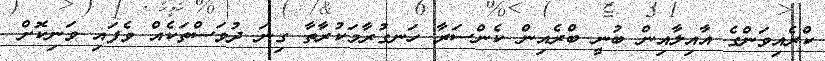
ކްރެއިވަންގެ އާއިލާއިން ބުނީ ބްރެއިން ކެންސަރާ ހަނގުރާމަކުރާތާ ގިނަ ދުވަސްތަކެއް ވެފައި ވަނިކޮށް